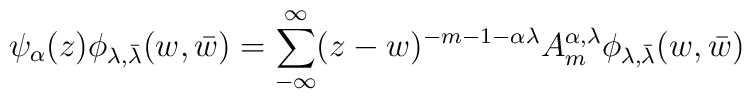
\psi _{\alpha}(z)\phi _{\lambda, \bar{\lambda}}(w,\bar{w})=\sum _{-\infty} ^{\infty}(z-w)^{-m-1-\alpha\lambda}A_m ^{\alpha,\lambda}\phi _{\lambda, \bar{\lambda}}(w,\bar{w})